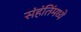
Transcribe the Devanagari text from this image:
संहंतिंमध्ये